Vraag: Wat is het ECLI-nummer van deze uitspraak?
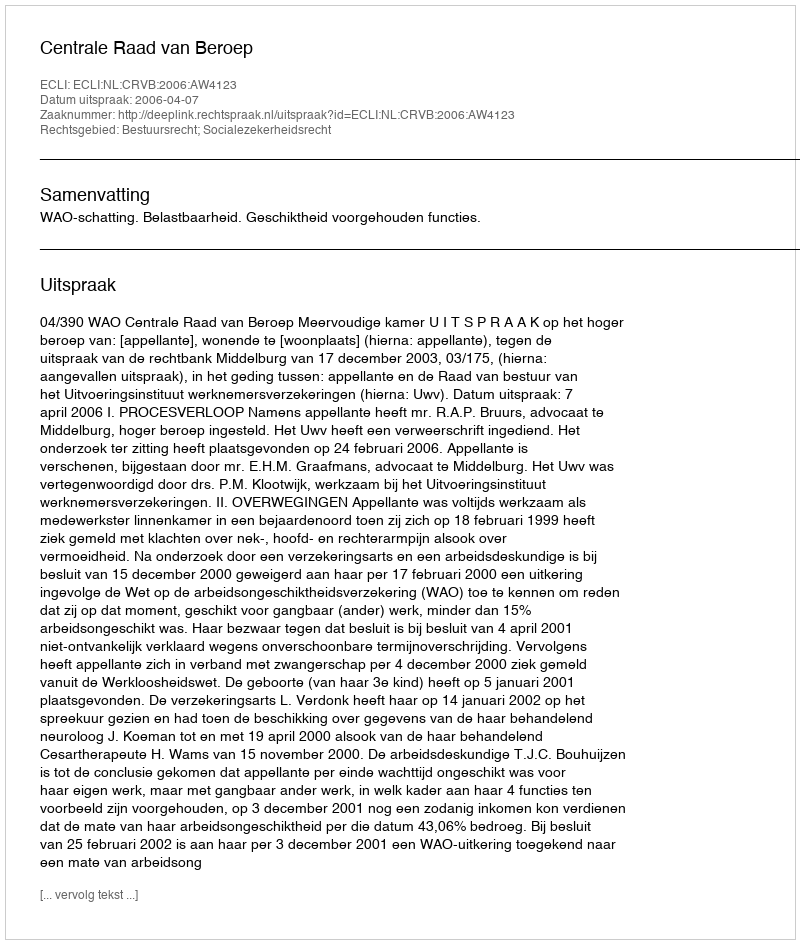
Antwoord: ECLI:NL:CRVB:2006:AW4123